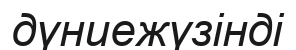
дүниежүзінді